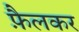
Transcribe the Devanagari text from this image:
फ़ैलकर